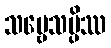
သဗ္ဗေသမ္ပိဿ